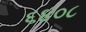
૬૪૦૮